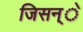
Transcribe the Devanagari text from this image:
जिसन्े